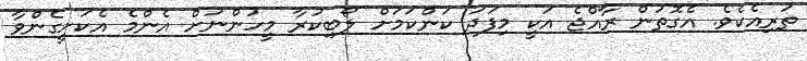
ތަރިއެކެވެ. އެގޮތުން ރާއްޖެ އަކީ މިފަދަ ކަންކަމަށް ލޯބިކުރާ މީހުންނަށް އެންމެ އެކަށީގެންވާ